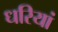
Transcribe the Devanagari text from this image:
धरियां